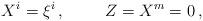
LaTeX: \begin{align*}X^{i}=\xi^{i}\, ,\hspace{1cm}Z=X^{m} =0\, ,\end{align*}